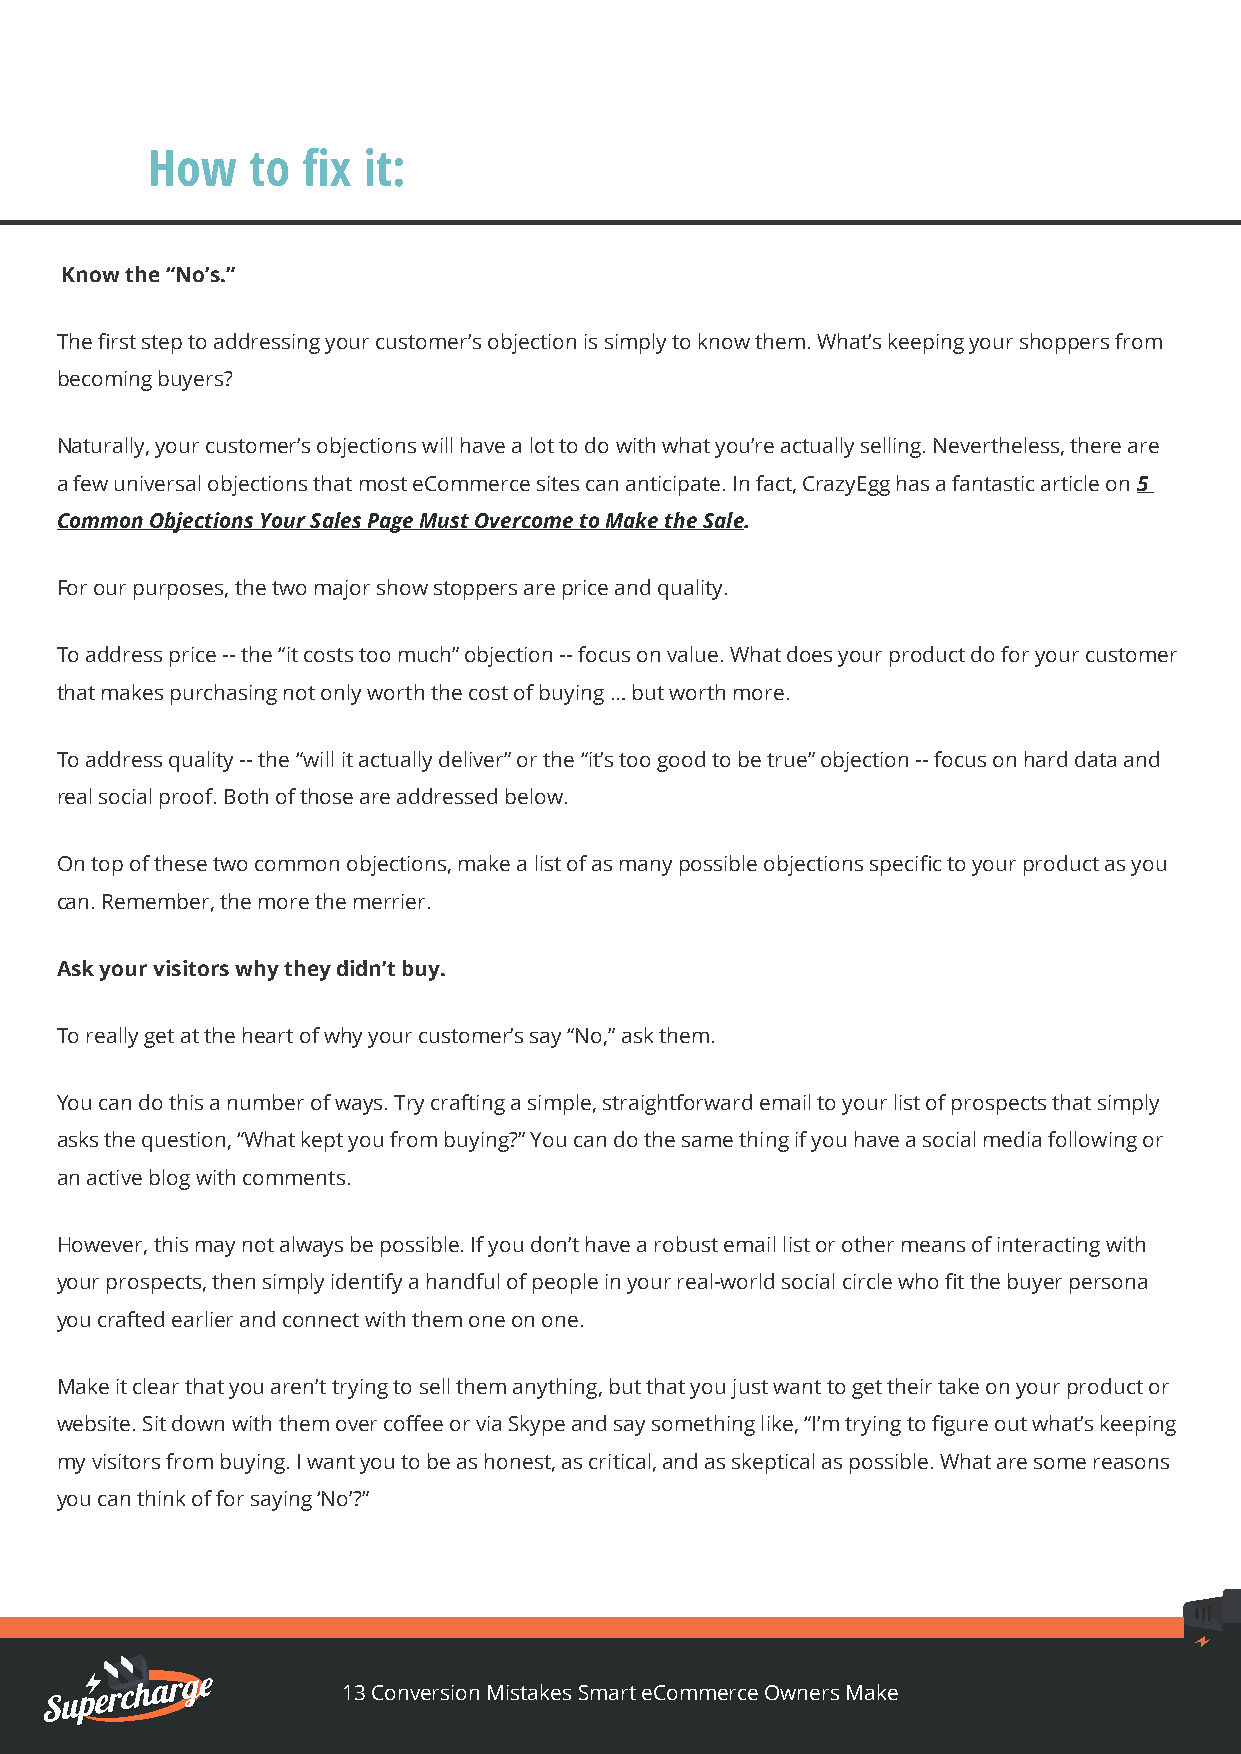
How   to  fix it:
 Know the “No’s.”
 The first step to addressing your customer’s objection is simply to know them. What’s keeping your shoppers from
 becoming buyers?
 Naturally, your customer’s objections will have a lot to do with what you’re actually selling. Nevertheless, there are
 a few universal objections that most eCommerce sites can anticipate. In fact, CrazyEgg has a fantastic article on 5
 Common Objections Your Sales Page Must Overcome to Make the Sale.
 For our purposes, the two major show stoppers are price and quality.
 To address price -- the “it costs too much” objection -- focus on value. What does your product do for your customer
 that makes purchasing not only worth the cost of buying … but worth more.
 To address quality -- the “will it actually deliver” or the “it’s too good to be true” objection -- focus on hard data and
 real social proof. Both of those are addressed below.
 On top of these two common objections, make a list of as many possible objections specific to your product as you
 can. Remember, the more the merrier.
 Ask your visitors why they didn’t buy.
 To really get at the heart of why your customer’s say “No,” ask them.
 You can do this a number of ways. Try crafting a simple, straightforward email to your list of prospects that simply
 asks the question, “What kept you from buying?” You can do the same thing if you have a social media following or
 an active blog with comments.
 However, this may not always be possible. If you don’t have a robust email list or other means of interacting with
 your prospects, then simply identify a handful of people in your real-world social circle who fit the buyer persona
 you crafted earlier and connect with them one on one.
 Make it clear that you aren’t trying to sell them anything, but that you just want to get their take on your product or
 website. Sit down with them over coffee or via Skype and say something like, “I’m trying to figure out what’s keeping
 my visitors from buying. I want you to be as honest, as critical, and as skeptical as possible. What are some reasons
 you can think of for saying ‘No’?”
 13 Conversion Mistakes Smart eCommerce Owners Make